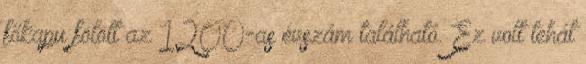
főkapu fölött az 1200-as évszám található. Ez volt tehát